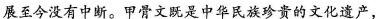
展至今没有中断。甲骨文既是中华民族珍贵的文化遗产，